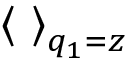
\left< \ \right> _ { q _ { 1 } = z }